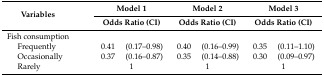
<table><thead><tr><td rowspan="2" colspan="2"><b>Variables</b></td><td colspan="2"><b>Model 1</b></td><td colspan="2"><b>Model 2</b></td><td colspan="2"><b>Model 3</b></td></tr><tr><td colspan="2"><b>Odds Ratio (CI)</b></td><td colspan="2"><b>Odds Ratio (CI)</b></td><td colspan="2"><b>Odds Ratio (CI)</b></td></tr></thead><tbody><tr><td colspan="2">Fish consumption </td><td></td><td></td><td></td><td></td><td></td><td></td></tr><tr><td></td><td>Frequently</td><td>0.41</td><td>(0.17–0.98)</td><td>0.40</td><td>(0.16–0.99)</td><td>0.35</td><td>(0.11–1.10)</td></tr><tr><td></td><td>Occasionally</td><td>0.37</td><td>(0.16–0.87)</td><td>0.35</td><td>(0.14–0.88)</td><td>0.30</td><td>(0.09–0.97)</td></tr><tr><td></td><td>Rarely</td><td colspan="2">1</td><td colspan="2">1</td><td colspan="2">1</td></tr></tbody></table>